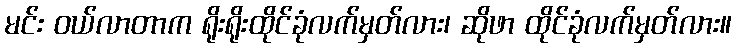
မင်း ဝယ်လာတာက ရိုးရိုးထိုင်ခုံလက်မှတ်လား၊ ဆိုဖာ ထိုင်ခုံလက်မှတ်လား။